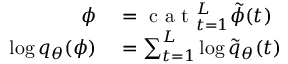
\begin{array} { r l } { \phi } & { { } = \mathrm { ~ c ~ a ~ t ~ } _ { t = 1 } ^ { L } \tilde { \phi } ( t ) } \\ { \log q _ { \theta } ( \phi ) } & { { } = \sum _ { t = 1 } ^ { L } \log \tilde { q } _ { \theta } ( t ) } \end{array}